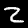
Label: 2